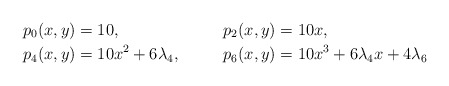
\begin{align*} &p_0(x,y) = 10,& &p_2(x,y) = 10 x,&\\ &p_4(x,y) = 10 x^2 + 6\lambda_4,& &p_6(x,y) = 10 x^3 + 6\lambda_4 x + 4\lambda_6&\end{align*}